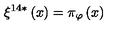
\xi ^ { 1 4 \ast } \left( x \right) = \pi _ { \varphi } \left( x \right)